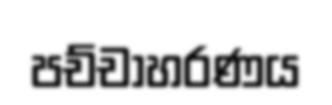
පච්චාහරණය